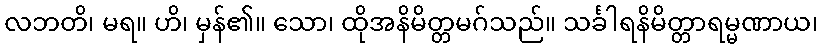
လဘတိ၊ မရ။ ဟိ၊ မှန်၏။ သော၊ ထိုအနိမိတ္တမဂ်သည်။ သင်္ခါရနိမိတ္တာရမ္မဏာယ၊